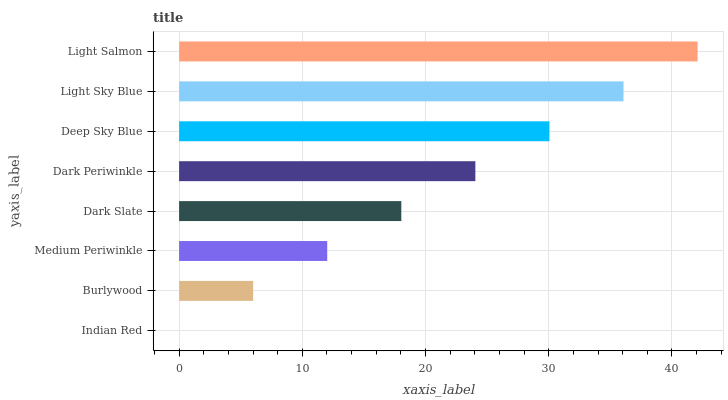
| yaxis_label | bars |
 | --- | --- |
 | Indian Red | 0 |
 | Burlywood | 6.01 |
 | Medium Periwinkle | 12 |
 | Dark Slate | 18 |
 | Dark Periwinkle | 24 |
 | Deep Sky Blue | 30.1 |
 | Light Sky Blue | 36.1 |
 | Light Salmon | 42.1 |